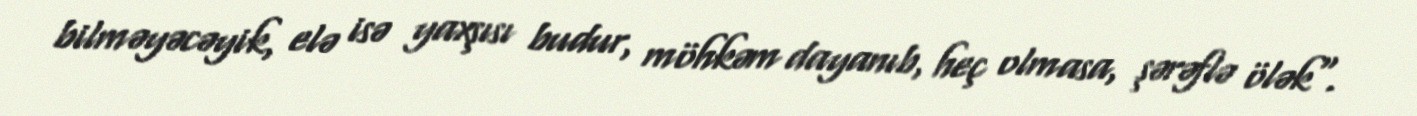
bilməyəcəyik, elə isə yaxşısı budur, möhkəm dayanıb, heç olmasa, şərəflə ölək".